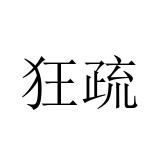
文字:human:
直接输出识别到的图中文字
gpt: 狂疏